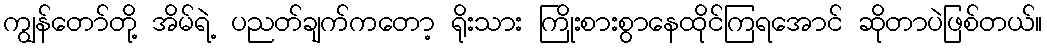
ကျွန်တော်တို့ အိမ်ရဲ့ ပညတ်ချက်ကတော့ ရိုးသား ကြိုးစားစွာနေထိုင်ကြရအောင် ဆိုတာပဲဖြစ်တယ်။